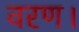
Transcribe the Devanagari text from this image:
वरण।